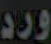
ورد